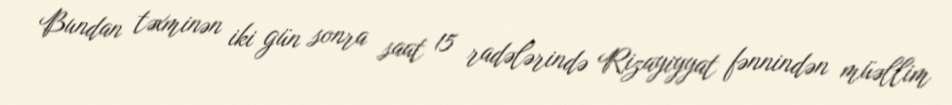
Bundan təxminən iki gün sonra saat 15 radələrində Rizayiyyat fənnindən müəllim